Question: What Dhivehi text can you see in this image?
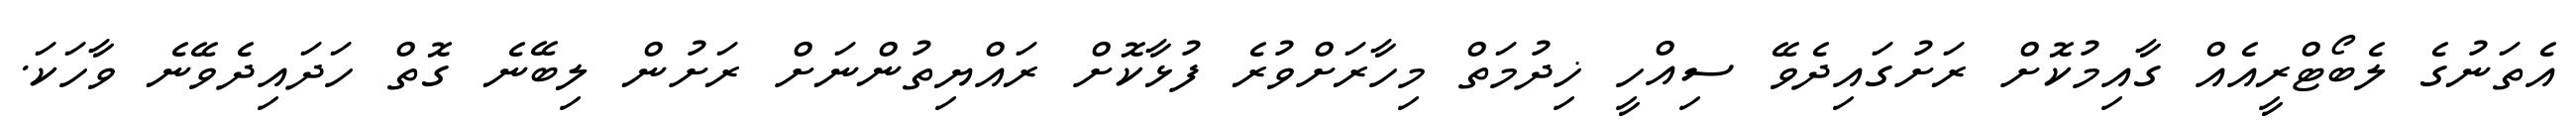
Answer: އެތަނުގެ ލެބޯޓްރީއެއް ގާއިމުކޮށް ރަށުގައިދެވޭ ސިއްހީ ޚިދުމަތް މިހާރަށްވުރެ ފުޅާކޮށް ރައްޔިތުންނަށް ރަށުން ލިބޭނެ ގޮތް ހަދައިދެވޭނެ ވާހަކަ.